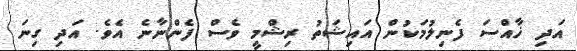
އަދި ޚާއްސަ ފެނިލުމަކުން އައިޝަތު ރިޝްމީ ވެސް ފެންނާނެ އެވެ. އަދި ގިނަ